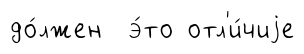
до́лжен э́то отл'и́чиjе